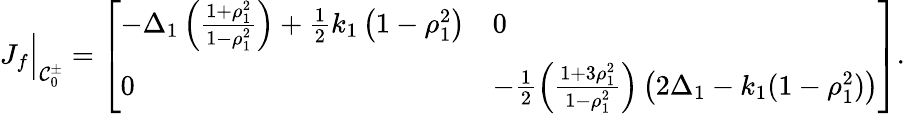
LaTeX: J_{f}\Big\rvert_{\mathcal{C}_{0}^{\pm}}=\left[\begin{array}{ll}{-\Delta_{1}\left(\frac{1+\rho_{1}^{2}}{1-\rho_{1}^{2}}\right)+\frac{1}{2}k_{1}\left(1-\rho_{1}^{2}\right)}&{0}\\ {0}&{-\frac{1}{2}\left(\frac{1+3\rho_{1}^{2}}{1-\rho_{1}^{2}}\right)\left(2\Delta_{1}-k_{1}(1-\rho_{1}^{2})\right)}\end{array}\right].